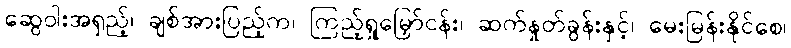
ဆွေဝါးအရှည့်၊ ချစ်အားပြည့်က၊ ကြည့်ရှုမြှော်ငန်း၊ ဆက်နှုတ်ခွန်းနှင့်၊ မေးမြန်းနိုင်စေ၊